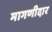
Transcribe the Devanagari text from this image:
मागणीदार